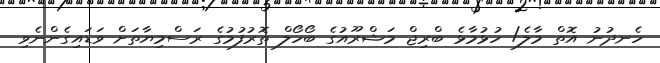
ހެނދުނު އޮތް މާލެ/ ހުޅުމާޅެ ބްރިޖް މަޝްރޫއުގެ ބޯހޯލް ތޮރުފުމުގެ ރަސްމިޔާތަށް ވަޑައިގެންނެވި